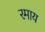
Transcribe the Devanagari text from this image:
रमाय